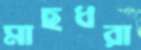
মাছধরা